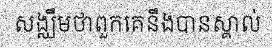
សង្ឈឹមថាពួកគេនឹងបានស្គាល់